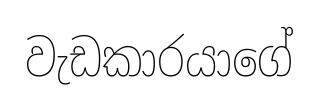
වැඩකාරයාගේ